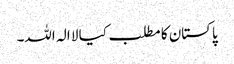
پاکستان کا مطلب کیا لا الہ اللہ۔